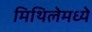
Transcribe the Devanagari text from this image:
मिथिलेमध्ये